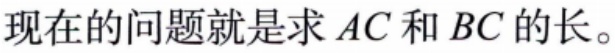
现在的问题就是求 \(AC\) 和 \(BC\) 的长。